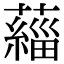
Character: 𫊄